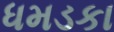
ધમડકા